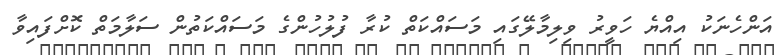
އަންހެނަކު އިއްޔެ ހަވީރު ވިލިމާލޭގައި މަސައްކަތް ކުރާ ފުލުހުންގެ މަސައްކަތުން ސަލާމަތް ކޮށްފައިވާ